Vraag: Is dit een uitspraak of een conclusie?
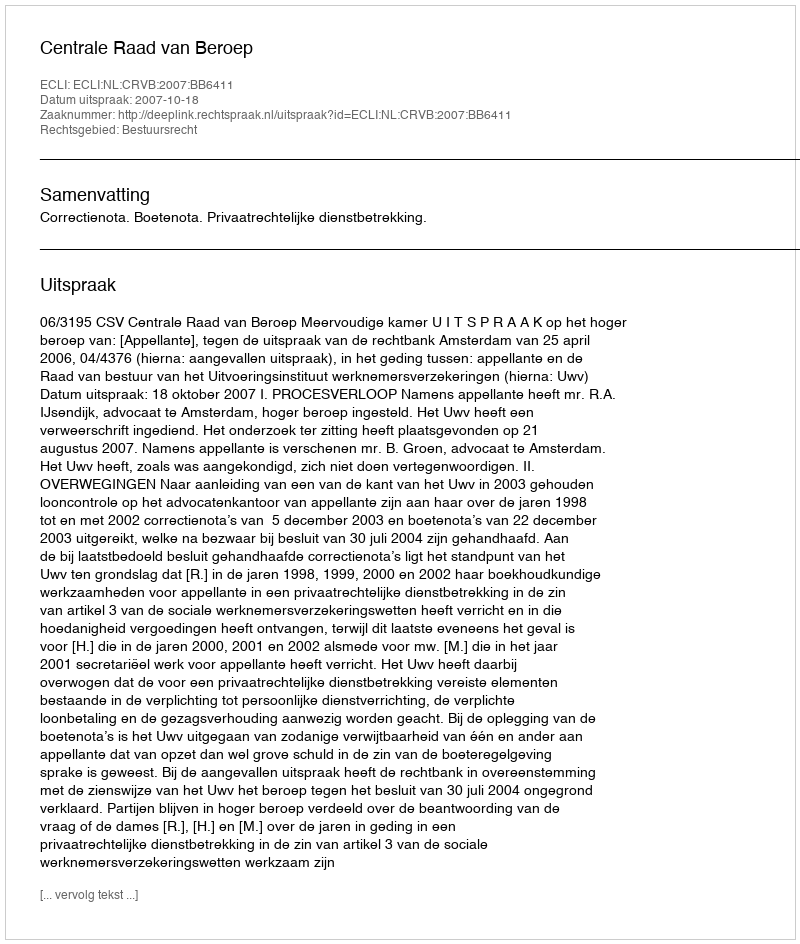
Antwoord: Uitspraak